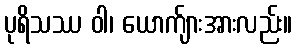
ပုရိသဿ ဝါ၊ ယောက်ျားအားလည်း။